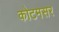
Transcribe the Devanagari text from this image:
कोटमसर